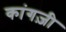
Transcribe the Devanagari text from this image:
कांगज़ी